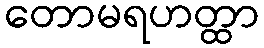
တောမရဟတ္ထာ